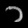
Digit: ၁